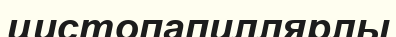
цистопапиллярлы